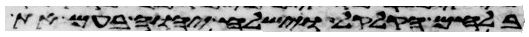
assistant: בלחם הקלקל וישלח יהוה בעם את